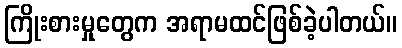
ကြိုးစားမှုတွေက အရာမထင်ဖြစ်ခဲ့ပါတယ်။